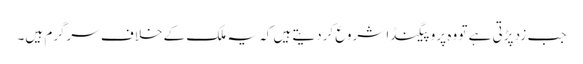
جب زد پڑتی ہے تو وہ پروپیگنڈا شروع کردیتے ہیں کہ یہ ملک کے خلاف سرگرم ہیں۔